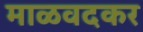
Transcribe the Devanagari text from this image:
माळवदकर